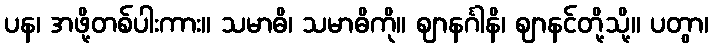
ပန၊ အဖို့တစ်ပါးကား။ သမာဓိ၊ သမာဓိကို။ ဈာနင်္ဂါနိ၊ ဈာနင်တို့သို့။ ပတွာ၊